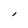
Character: l